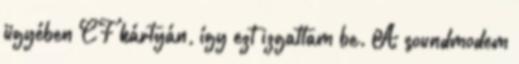
ügyében CF kártyán, így ezt izgattam be. A soundmodem